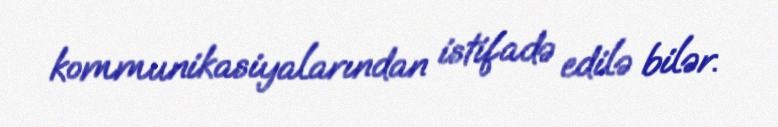
kommunikasiyalarından istifadə edilə bilər.